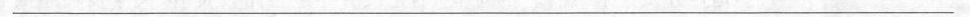
___